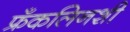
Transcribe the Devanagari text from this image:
फ्रँकलिनशी